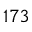
^ { 1 7 3 }